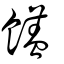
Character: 饚